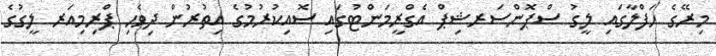
މިރޭގެ ހަފްލާގައި ލީގު ސްޕޮންސަރޝިޕް އެގްރީމަންޓުގައި ސޮއިކުރުމުގެ އިތުރުން ދިވެހި ޕްރިމިއަރ ލީގުގެ